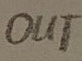
Text: OUT